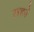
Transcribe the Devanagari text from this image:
लहने